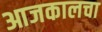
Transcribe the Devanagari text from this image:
आजकालचा